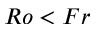
R o < F r